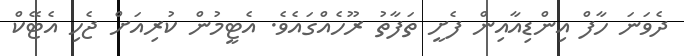
ދެވަނަ ހާފް އިންޑިއާއިން ފެށީ ތަފާތު ރޫހެއްގައެވެ. އެޓީމުން ކުރިއަށް ޖެހި އެޓޭކް